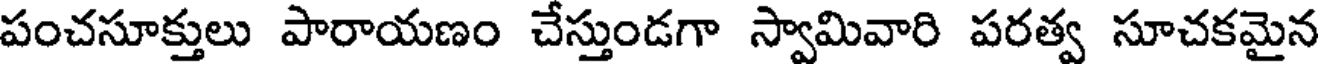
పంచసూక్తులు పారాయణం చేస్తుండగా స్వామివారి పరత్వ సూచకమైన